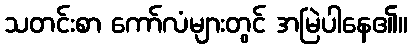
သတင်းစာ ကော်လံများတွင် အမြဲပါနေ၏။